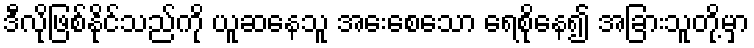
ဒီလိုဖြစ်နိုင်သည်ကို ယူဆနေသူ အေးစေသော ရေစိုနေ၍ အခြားသူတို့မှာ